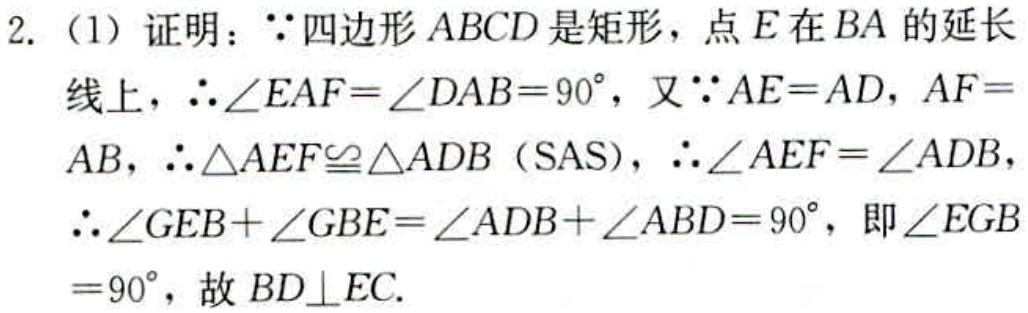
2.（1）证明：$\because$四边形$ABCD$是矩形，点$E$在$BA$的延长线上，$\therefore\angle EAF = \angle DAB = 90^{\circ}$，又$\because AE = AD$，$AF = AB$，$\therefore\triangle AEF\cong\triangle ADB$（SAS），$\therefore\angle AEF=\angle ADB$，$\therefore\angle GEB+\angle GBE=\angle ADB+\angle ABD = 90^{\circ}$，即$\angle EGB = 90^{\circ}$，故$BD\perp EC$.